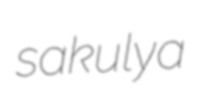
sakulya